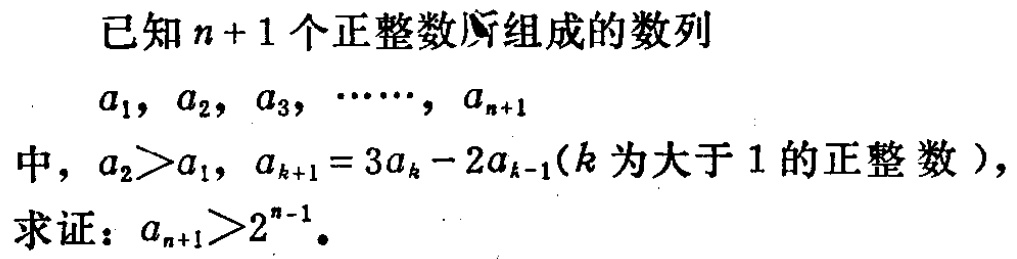
已知\(n + 1\)个正整数所组成的数列
\(a_{1},a_{2},a_{3},\cdots,a_{n + 1}\)
中，\(a_{2}>a_{1}\)，\(a_{k + 1}=3a_{k}-2a_{k - 1}\)(\(k\)为大于\(1\)的正整数)，
求证：\(a_{n + 1}>2^{n - 1}\)。